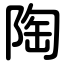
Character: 陶